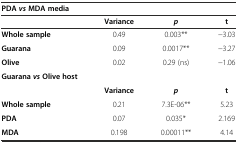
| <COLSPAN=4> PDAvsMDA media |
 |  | Variance | p | t |
 | --- | --- | --- | --- |
 | Whole sample | 0.49 | 0.003** | -3.03 |
 | Guarana | 0.09 | 0.0017** | -3.27 |
 | Olive | 0.02 | 0.29 (ns) | -1.06 |
 | GuaranavsOlive host |  |  |  |
 |  | Variance | p | t |
 | Whole sample | 0.21 | 7.3E-06** | 5.23 |
 | PDA | 0.07 | 0.035* | 2.169 |
 | MDA | 0.198 | 0.00011** | 4.14 |